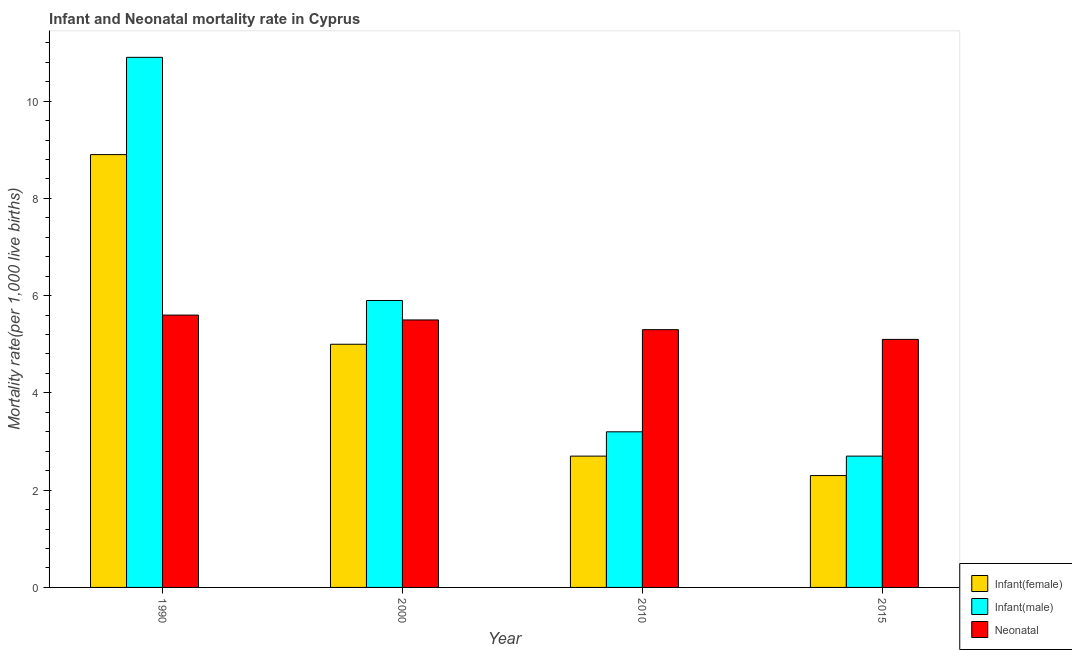
| Year | Infant(female) | Infant(male) | Neonatal  |
 | --- | --- | --- | --- |
 | 1990 | 8.9 | 10.9 | 5.6 |
 | 2000 | 5 | 5.9 | 5.5 |
 | 2010 | 2.7 | 3.2 | 5.3 |
 | 2015 | 2.3 | 2.7 | 5.1 |